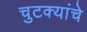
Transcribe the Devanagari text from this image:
चुटक्यांचे